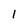
Character: l